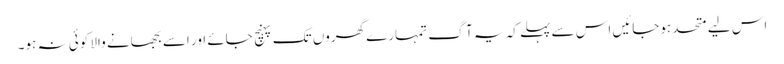
اس لیے متحد ہوجائیں اس سے پہلے کہ یہ آگ تمہارے گھروں تک پہنچ جائے اور اسے بجھانے والا کوئی نہ ہو۔